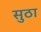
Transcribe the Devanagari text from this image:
सुठा